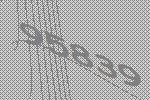
95839